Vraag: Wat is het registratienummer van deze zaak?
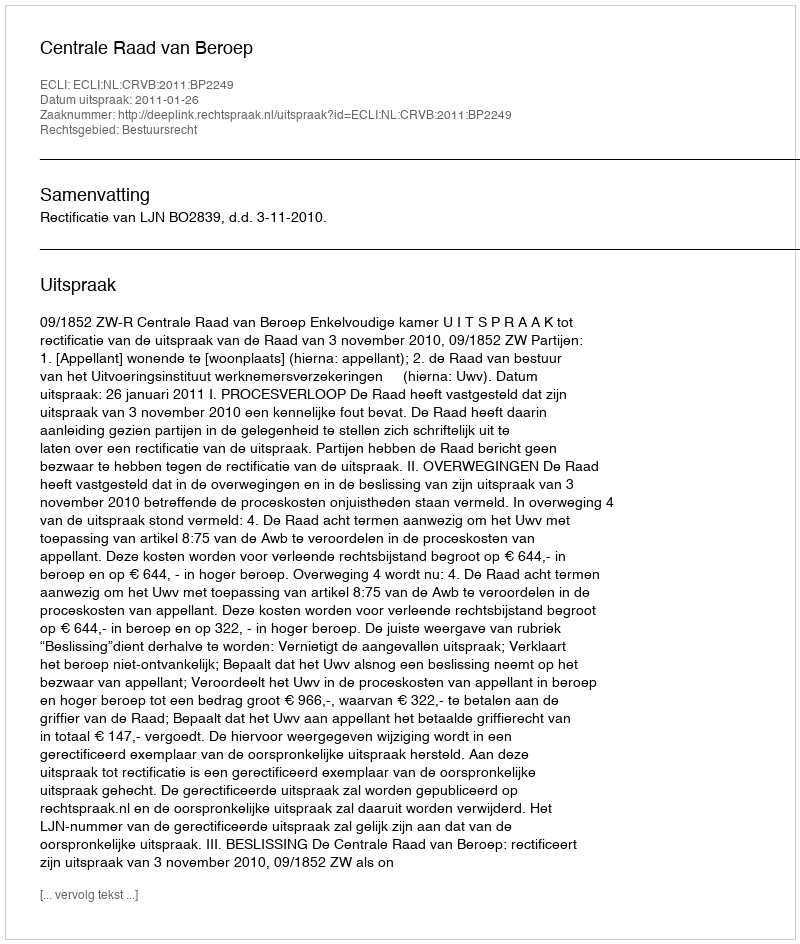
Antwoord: http://deeplink.rechtspraak.nl/uitspraak?id=ECLI:NL:CRVB:2011:BP2249